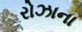
રોઝાના